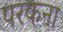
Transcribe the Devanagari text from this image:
परकना